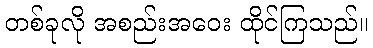
တစ်ခုလို အစည်းအဝေး ထိုင်ကြသည်။